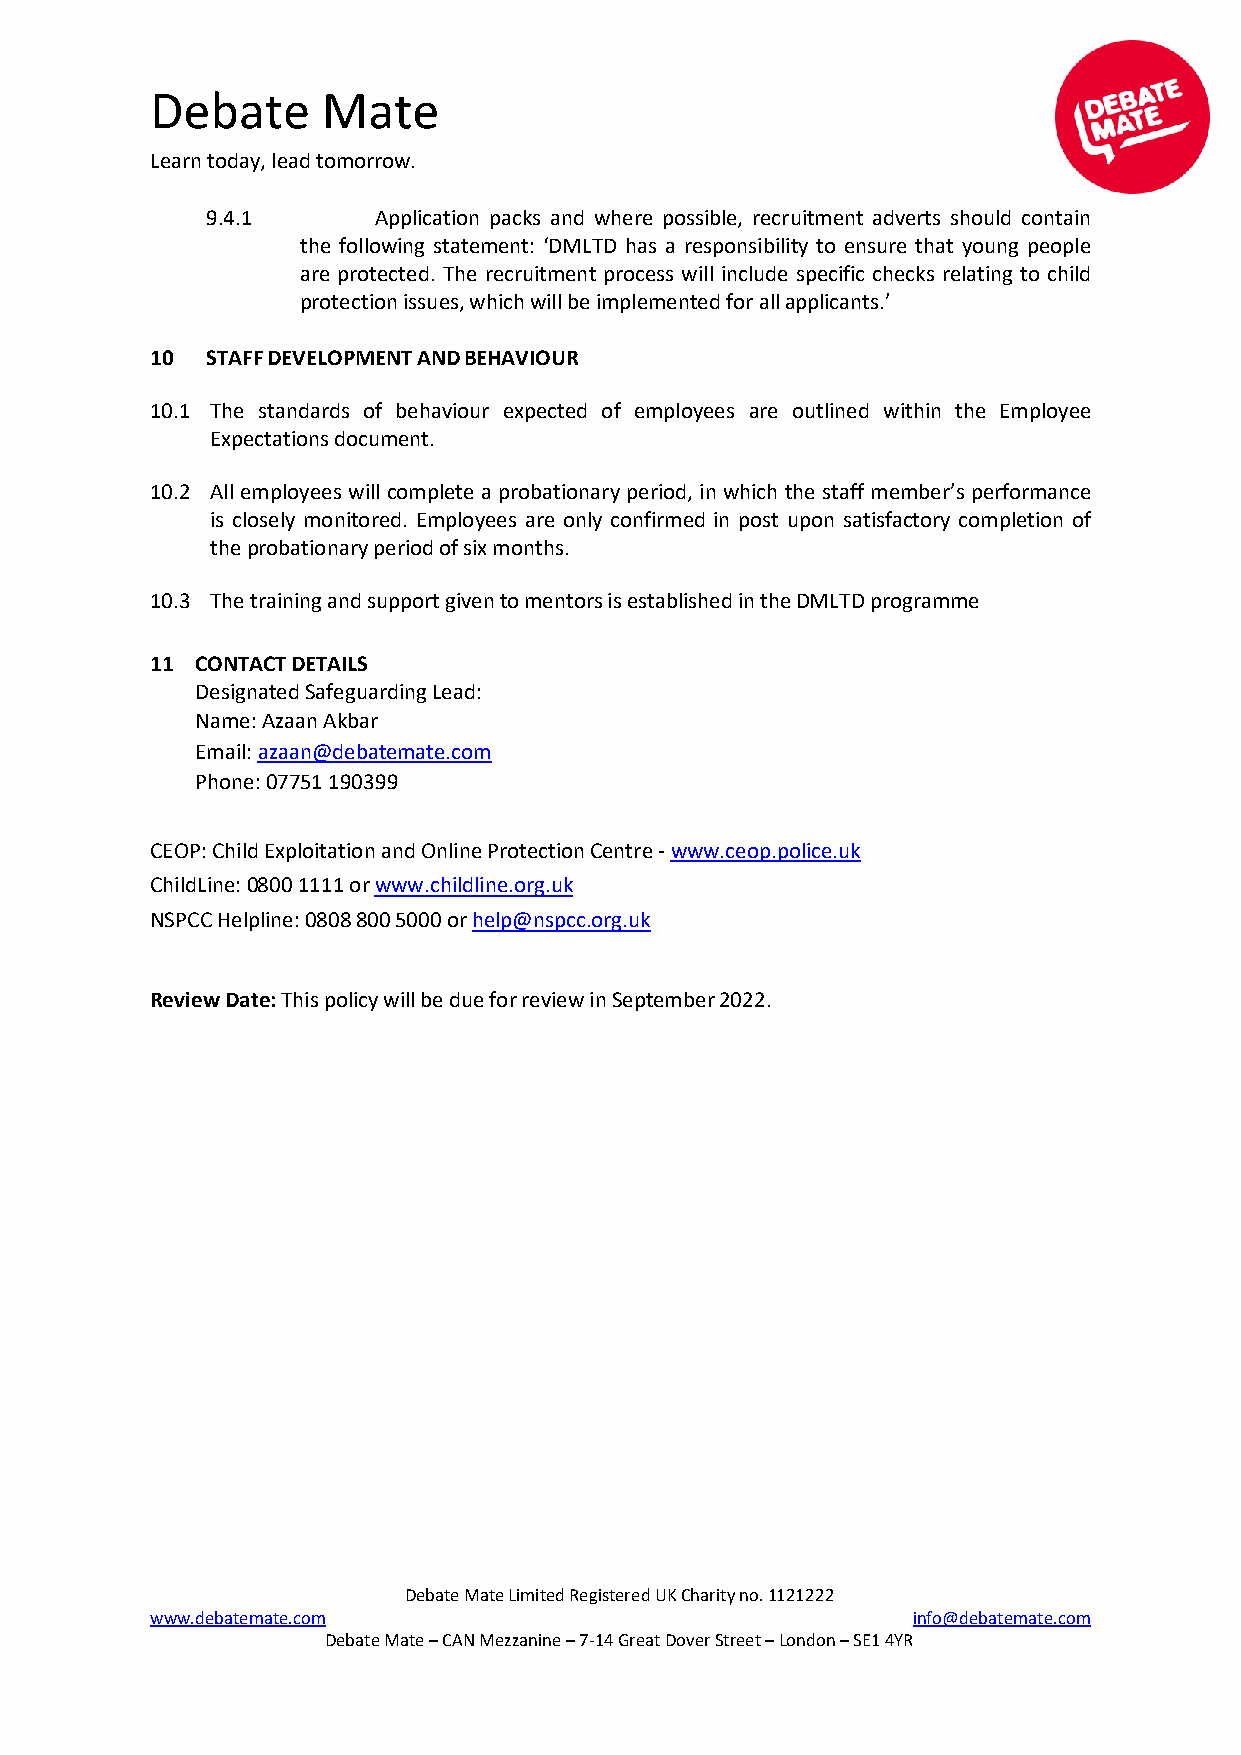
Debate     Mate
 Learn today, lead tomorrow.
 9.4.1      Application packs and where possible, recruitment adverts should contain
 the following statement: ‘DMLTD has a responsibility to ensure that young people
 are protected. The recruitment process will include specific checks relating to child
 protection issues, which will be implemented for all applicants.’
 10  STAFF DEVELOPMENT AND BEHAVIOUR
 10.1 The standards of behaviour expected of employees are outlined within the Employee
 Expectations document.
 10.2 All employees will complete a probationary period, in which the staff member’s performance
 is closely monitored. Employees are only confirmed in post upon satisfactory completion of
 the probationary period of six months.
 10.3 The training and support given to mentors is established in the DMLTD programme
 11 CONTACT DETAILS
 Designated Safeguarding Lead:
 Name: Azaan Akbar
 Email: azaan@debatemate.com
 Phone: 07751 190399
 CEOP: Child Exploitation and Online Protection Centre - www.ceop.police.uk
 ChildLine: 0800 1111 or www.childline.org.uk
 NSPCC Helpline: 0808 800 5000 or help@nspcc.org.uk
 Review Date: This policy will be due for review in September 2022.
 Debate Mate Limited Registered UK Charity no. 1121222
 www.debatemate.com                                info@debatemate.com
 Debate Mate – CAN Mezzanine – 7-14 Great Dover Street – London – SE1 4YR